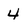
Character: 4